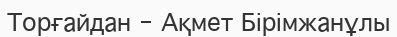
Торғайдан - Ақмет Бірімжанұлы